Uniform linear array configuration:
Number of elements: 24
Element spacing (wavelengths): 0.75
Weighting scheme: binomial
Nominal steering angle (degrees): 60
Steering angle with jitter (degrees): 58.073
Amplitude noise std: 0.05
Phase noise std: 0.05

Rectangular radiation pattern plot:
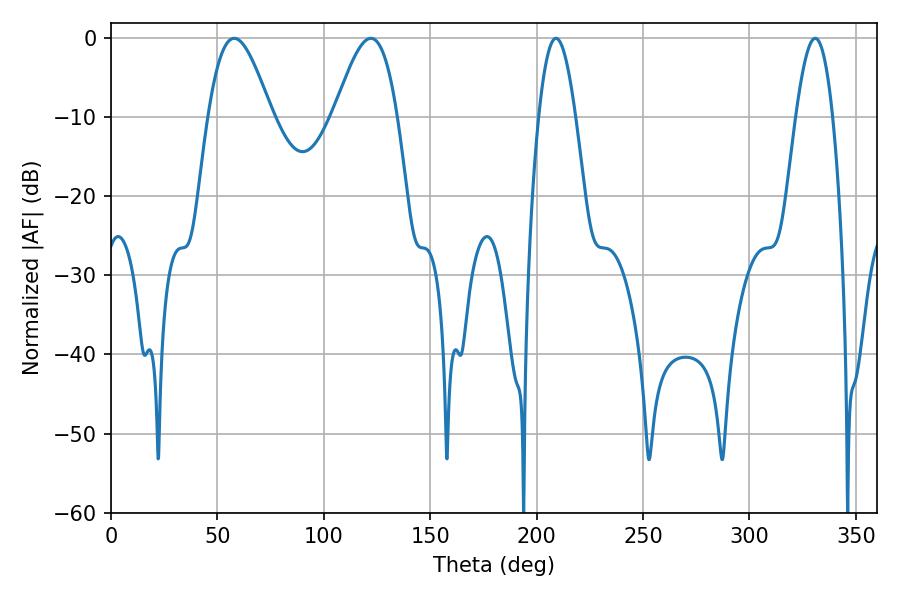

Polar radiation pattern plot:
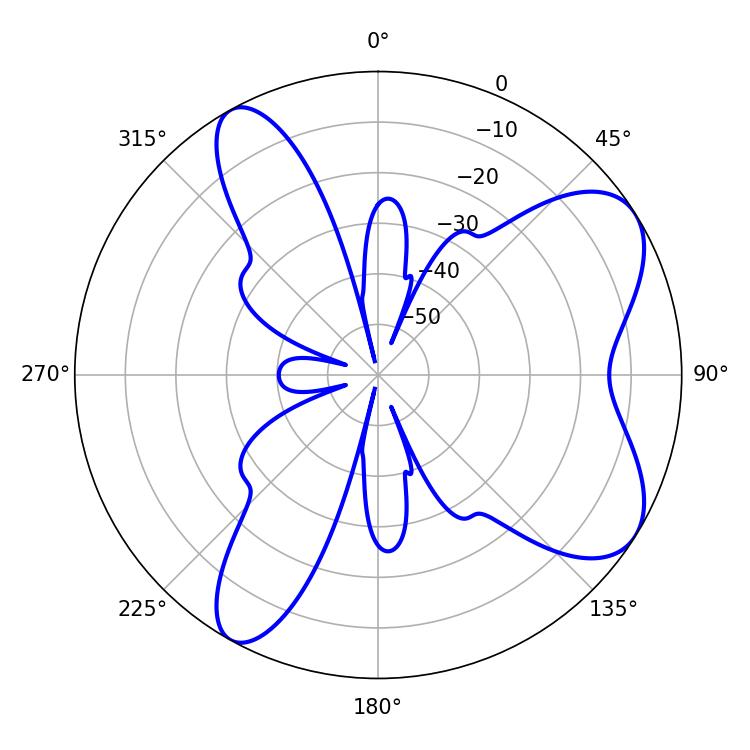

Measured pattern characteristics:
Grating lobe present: TRUE
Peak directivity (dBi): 7.379
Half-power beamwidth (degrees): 16.02
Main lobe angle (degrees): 57.96